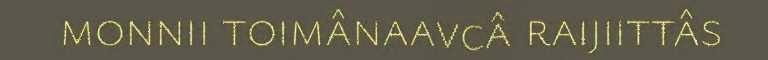
monnii toimânaavcâ raijiittâs